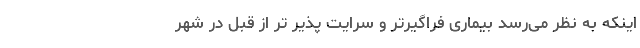
اینکه به نظر می‌رسد بیماری فراگیرتر و سرایت پذیر تر از قبل در شهر